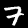
Label: 7